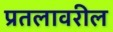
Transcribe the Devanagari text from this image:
प्रतलावरील